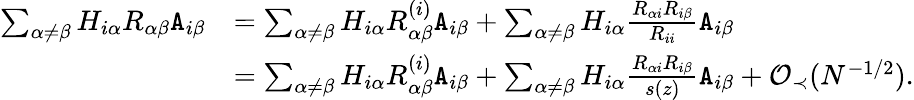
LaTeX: \begin{array}{rl}{\sum_{\alpha\neq\beta}H_{i\alpha}R_{\alpha\beta}{\texttt A}_{i\beta}}&{=\sum_{\alpha\neq\beta}H_{i\alpha}R_{\alpha\beta}^{(i)}{\texttt A}_{i\beta}+\sum_{\alpha\neq\beta}H_{i\alpha}\frac{R_{\alpha i}R_{i\beta}}{R_{ii}}{\texttt A}_{i\beta}}\\ &{=\sum_{\alpha\neq\beta}H_{i\alpha}R_{\alpha\beta}^{(i)}{\texttt A}_{i\beta}+\sum_{\alpha\neq\beta}H_{i\alpha}\frac{R_{\alpha i}R_{i\beta}}{s(z)}{\texttt A}_{i\beta}+{\mathcal O}_{\prec}(N^{-1/2}).}\end{array}